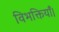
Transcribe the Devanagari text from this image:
विभक्तियाँ।